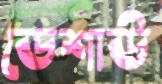
ডেশাউ